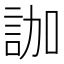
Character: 𧦤